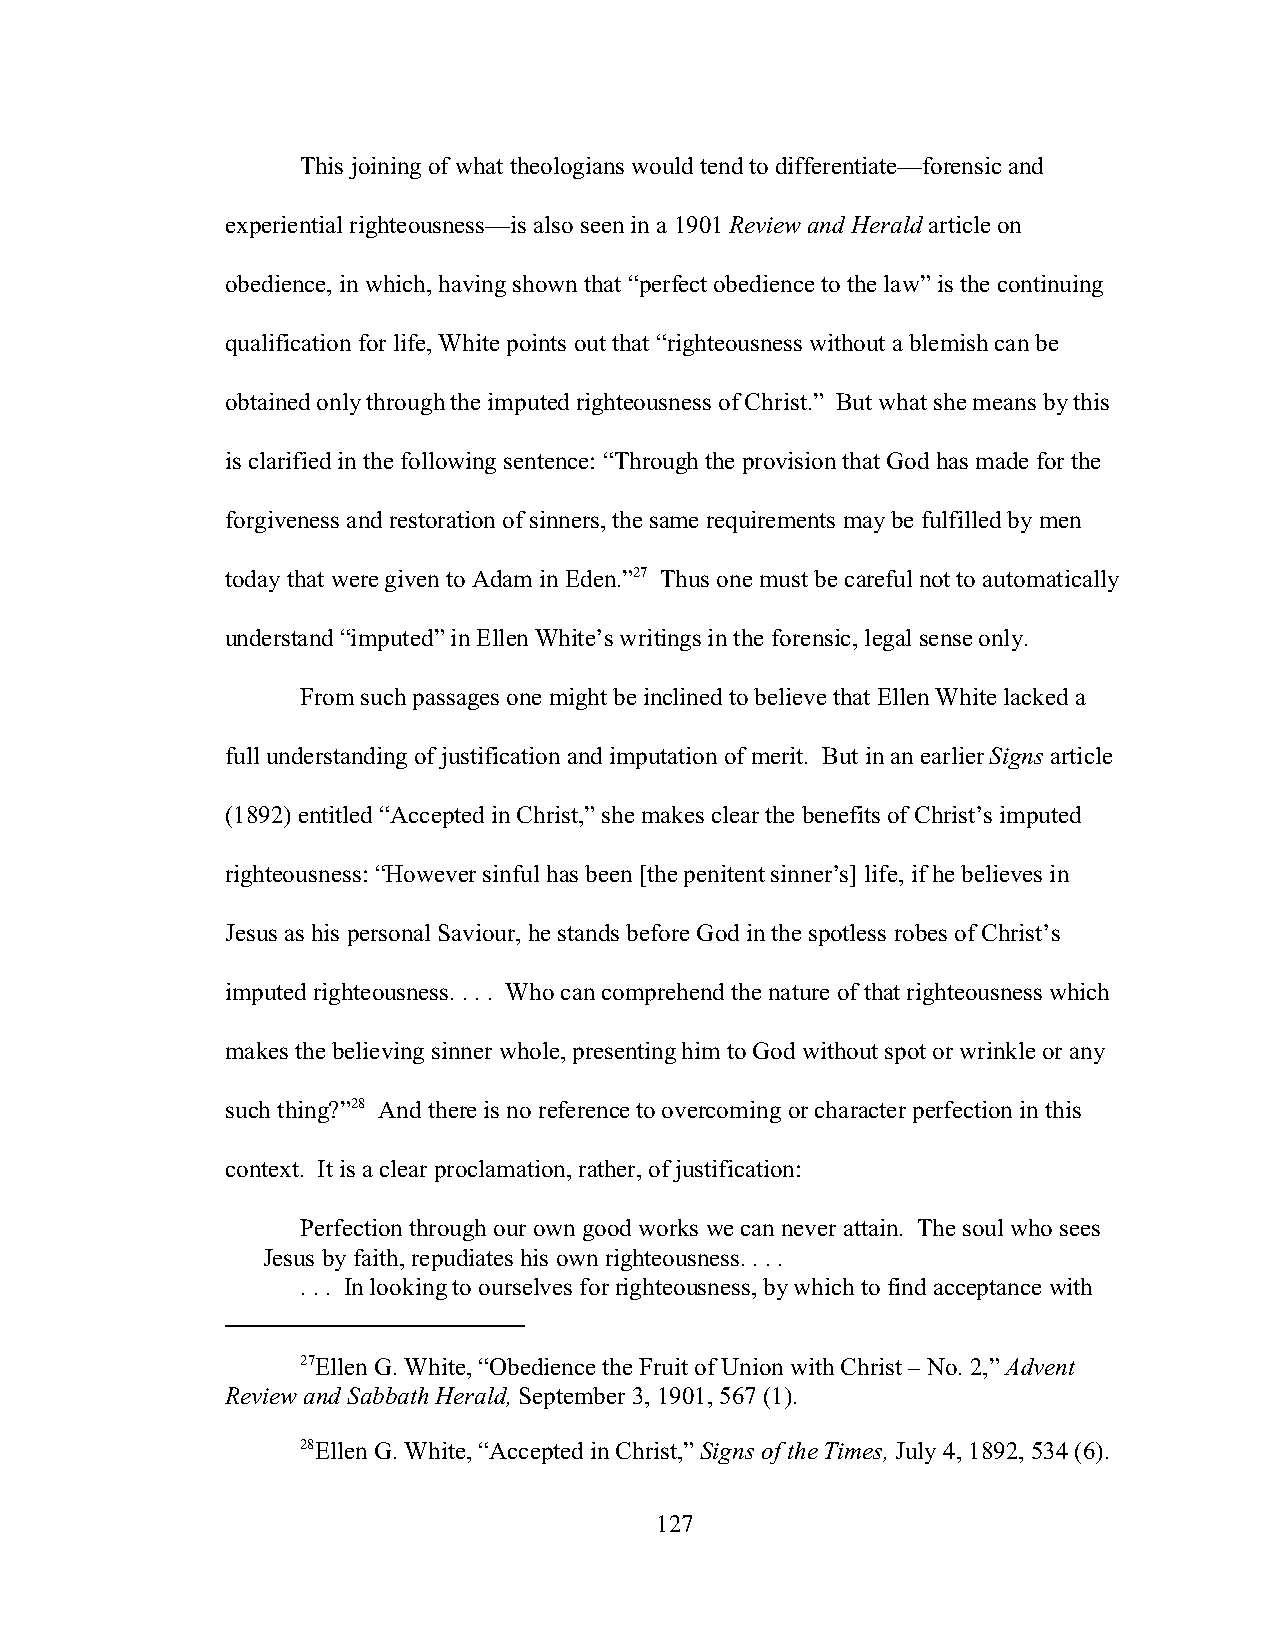
This joining of what theologians would tend to differentiate—forensic and
 experiential righteousness—is also seen in a 1901 Review and Herald article on
 obedience, in which, having shown that “perfect obedience to the law” is the continuing
 qualification for life, White points out that “righteousness without a blemish can be
 obtained only through the imputed righteousness of Christ.” But what she means by this
 is clarified in the following sentence: “Through the provision that God has made for the
 forgiveness and restoration of sinners, the same requirements may be fulfilled by men
 today that were given to Adam in Eden.”27 Thus one must be careful not to automatically
 understand “imputed” in Ellen White’s writings in the forensic, legal sense only.
 From such passages one might be inclined to believe that Ellen White lacked a
 full understanding of justification and imputation of merit. But in an earlier Signs article
 (1892) entitled “Accepted in Christ,” she makes clear the benefits of Christ’s imputed
 righteousness: “However sinful has been [the penitent sinner’s] life, if he believes in
 Jesus as his personal Saviour, he stands before God in the spotless robes of Christ’s
 imputed righteousness. . . . Who can comprehend the nature of that righteousness which
 makes the believing sinner whole, presenting him to God without spot or wrinkle or any
 such thing?”28 And there is no reference to overcoming or character perfection in this
 context. It is a clear proclamation, rather, of justification:
 Perfection through our own good works we can never attain. The soul who sees
 Jesus by faith, repudiates his own righteousness. . . .
 . . . In looking to ourselves for righteousness, by which to find acceptance with
 27Ellen G. White, “Obedience the Fruit of Union with Christ – No. 2,” Advent
 Review and Sabbath Herald, September 3, 1901, 567 (1).
 28Ellen G. White, “Accepted in Christ,” Signs of the Times, July 4, 1892, 534 (6).
 127